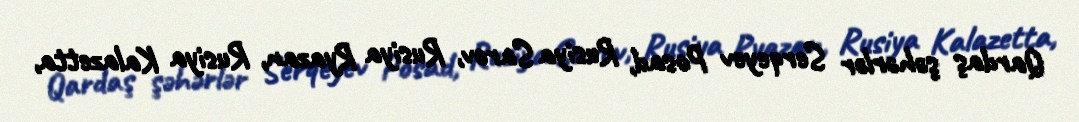
Qardaş şəhərlər Serqeyev Posad, Rusiya Sarov, Rusiya Ryazan, Rusiya Kalazetta,